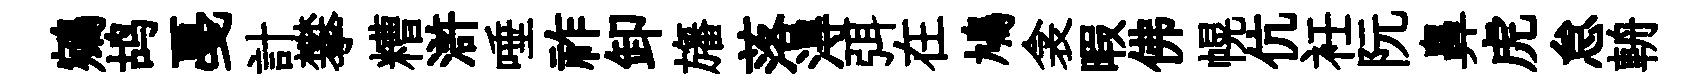
鵷鸪戞計攀糟滸唾祚卸旛落淂弭在鳩衾暇佛幌伉衽阮鼻虎怠輈